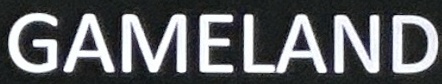
GAMELAND